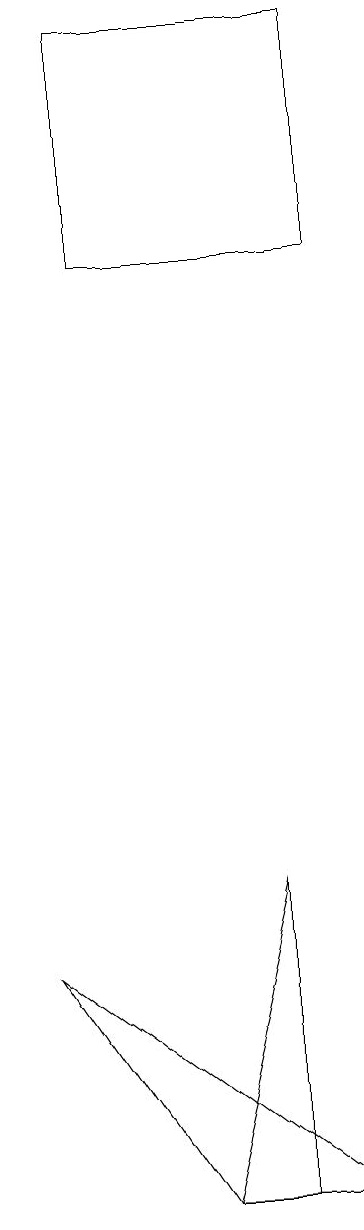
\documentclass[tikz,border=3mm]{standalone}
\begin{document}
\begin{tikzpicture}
\draw (2,4) -- (0,7) -- (4,4) -- cycle;
\draw (1,19) rectangle (4,16);
\draw (3,4) -- (2,4) -- (3,8) -- cycle;
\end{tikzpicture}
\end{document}